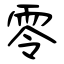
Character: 零